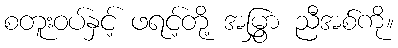
စတူးဝပ်နှင့် ဖရင့်တို့ အမြွှာ ညီအစ်ကို။